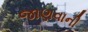
જાણવાની